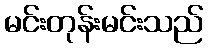
မင်းတုန်းမင်းသည်